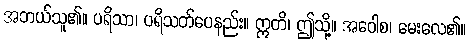
အဘယ်သူ၏။ ပရိသာ၊ ပရိသတ်ပေနည်း။ ဣတိ၊ ဤသို့။ အဝေါစ၊ မေးလေ၏။